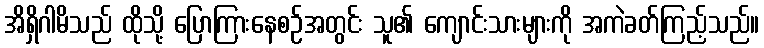
အိရှိဂါမိသည် ထိုသို့ ပြောကြားနေစဉ်အတွင်း သူ၏ ကျောင်းသားများကို အကဲခတ်ကြည့်သည်။